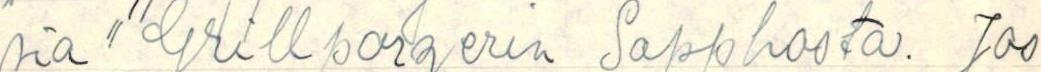
sia ""Grillparzerin Sapphosta. Jos